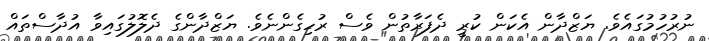
ނުރުހުމުގައެވެ. ޔަޒްދާން އެކަން ކުރީ ދެފަރާތުން ވެސް ރުހިގެންނެވެ. ޔަޒްދާންގެ ދެލޮލުގައިވާ އުދާސްތައް